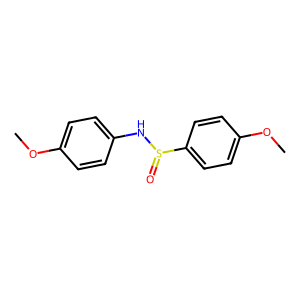
SMILES: COc1ccc(NS(=O)c2ccc(OC)cc2)cc1
Inhibits HIV replication: No